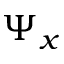
\Psi _ { x }